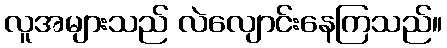
လူအများသည် လဲလျောင်းနေကြသည်။